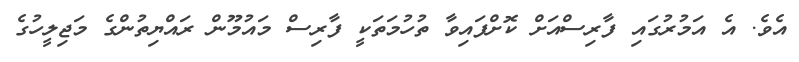
އެވެ. އެ އަމުރުގައި ފާރިސްއަށް ކޮށްފައިވާ ތުހުމަތަކީ ފާރިސް މައުމޫން ރައްޔިތުންގެ މަޖިލީހުގެ